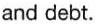
and debt.